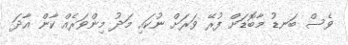
ވެސް ބަނޑު މާބޮޑަށް ފުރޭ ވަރަށް ނުކައި މަދު މިންވަރެއް ކާން އާދަ